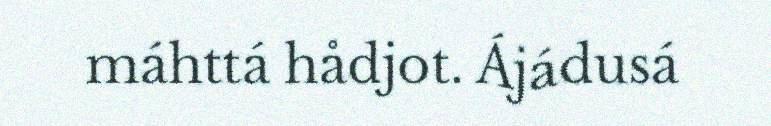
máhttá hådjot. Ájádusá